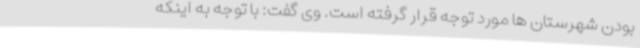
بودن شهرستان ها مورد توجه قرار گرفته است. وی گفت: با توجه به اینکه